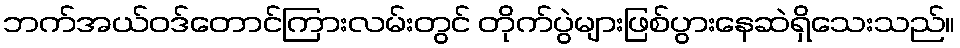
ဘက်အယ်ဝဒ်တောင်ကြားလမ်းတွင် တိုက်ပွဲများဖြစ်ပွားနေဆဲရှိသေးသည်။